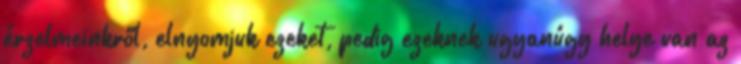
érzelmeinkről, elnyomjuk ezeket, pedig ezeknek ugyanúgy helye van az